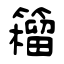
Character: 籕